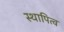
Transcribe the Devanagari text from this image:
स्थापित्व